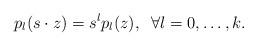
LaTeX: \begin{align*} p_l(s\cdot z)=s^l p_l(z), \;\; \forall l=0, \dots, k.\end{align*}